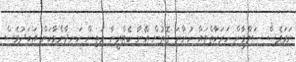
ނަމަވެސް ސަލްމާން ހަރަކާތްތައް ހުންނަ ގޮތުން އޭނާ ކެޓްރީނާ މަތިން ހަނދާންވާކަން އަބަދުވެސް